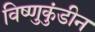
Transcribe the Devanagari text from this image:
विष्णुकुंडीन